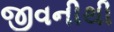
જીવનીથી